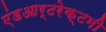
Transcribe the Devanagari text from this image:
एंडआर्टरेक्टमी